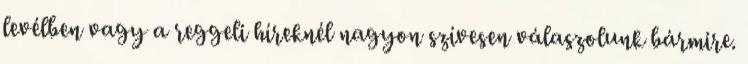
levélben vagy a reggeli híreknél nagyon szívesen válaszolunk bármire.